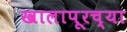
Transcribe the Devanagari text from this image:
खालापूरच्या